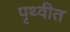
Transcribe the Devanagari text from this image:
पृथ्वीत